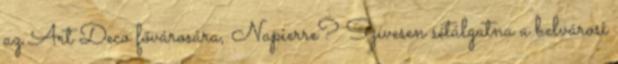
az Art Deco fővárosára, Napierre? Szívesen sétálgatna a belvárosi